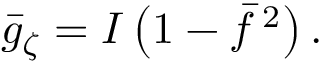
\bar { g } _ { \zeta } = I \left( 1 - \bar { f } \, ^ { 2 } \right) .